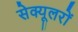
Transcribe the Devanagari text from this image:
सेक्यूलरों